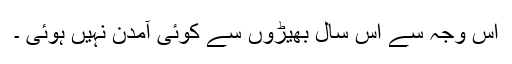
اس وجہ سے اُس سال بھیڑوں سے کوئی آمدن نہیں ہوئی ۔